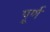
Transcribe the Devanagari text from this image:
पू्र्ण